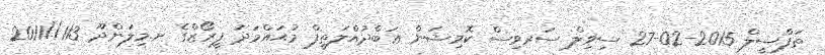
ތަފްސީލް 2015-02-27 ސިވިލް ސަރވިސް ކޮމިޝަން ޢަބްދުއްލަޠީފް މުޙައްމަދު ފީރޯޒްގެ ށ.މިލަންދޫ 113//2011